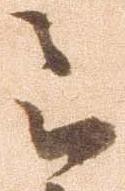
被